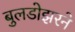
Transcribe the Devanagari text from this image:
बुलडोझरने